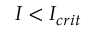
I < I _ { c r i t }